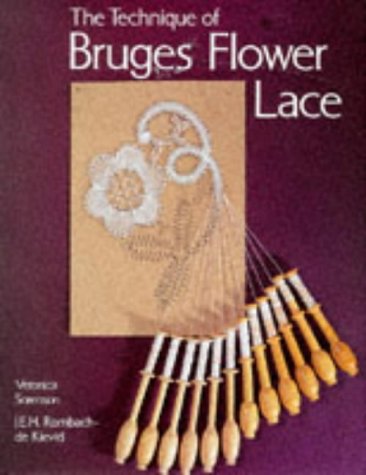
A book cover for The Technique of Bruges Flower Lace; Veronica Sorenson; Crafts, Hobbies & Home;